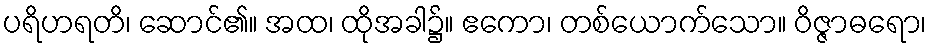
ပရိဟရတိ၊ ဆောင်၏။ အထ၊ ထိုအခါ၌။ ဧကော၊ တစ်ယောက်သော။ ဝိဇ္ဇာဓရော၊